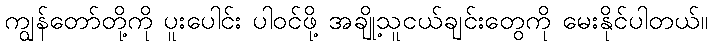
ကျွန်တော်တို့ကို ပူးပေါင်း ပါဝင်ဖို့ အချို့သူငယ်ချင်းတွေကို မေးနိုင်ပါတယ်။